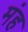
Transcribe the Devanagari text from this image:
मंह